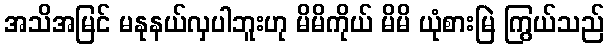
အသိအမြင် မနုနယ်လှပါဘူးဟု မိမိကိုယ် မိမိ ယုံစားမြဲ ကြွယ်သည်